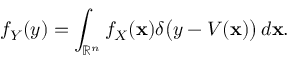
f _ { Y } ( y ) = \int _ { { \mathbb { R } } ^ { n } } f _ { X } ( \mathbf { x } ) \delta { \big ( } y - V ( \mathbf { x } ) { \big ) } \, d \mathbf { x } .